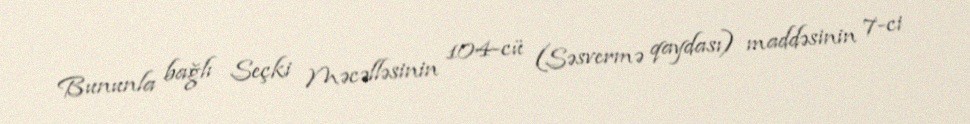
Bununla bağlı Seçki Məcəlləsinin 104-cü (Səsvermə qaydası) maddəsinin 7-ci